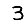
Digit: 3